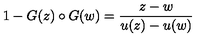
1 - G ( z ) \circ G ( w ) = { \frac { z - w } { u ( z ) - u ( w ) } }